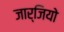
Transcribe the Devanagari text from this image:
जार्जियो